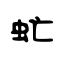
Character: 虻